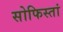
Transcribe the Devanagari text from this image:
सोफिस्तां